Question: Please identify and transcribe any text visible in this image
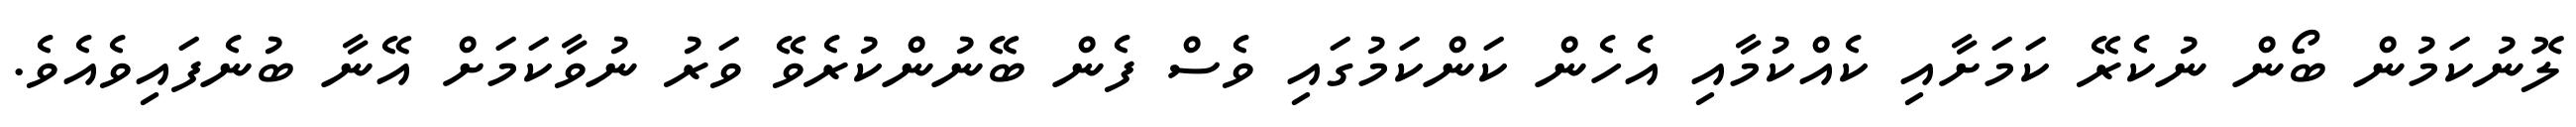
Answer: ލޮނުކަމުން ބޯން ނުކެރޭ ކަމަށާއި ކެއްކުމާއި އެހެން ކަންކަމުގައި ވެސް ފެން ބޭނުންކުރެވޭ ވަރު ނުވާކަމަށް އޭނާ ބުނެފައިވެއެވެ.